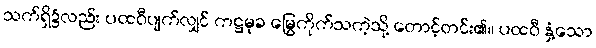
သက်ရှိ၌လည်း ပထဝီပျက်လျှင် ကဋ္ဌမုခ မြွေကိုက်သကဲ့သို့ တောင့်တင်း၏။ ပထဝီ နှံ့သော